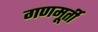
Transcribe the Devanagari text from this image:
गणमूर्ती